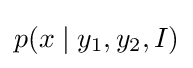
p(x\mid y_{1},y_{2},I)